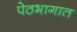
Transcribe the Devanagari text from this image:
पेठभागात